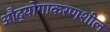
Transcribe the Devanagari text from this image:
औद्योगाकरणशील